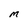
Character: m